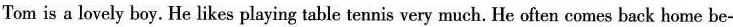
Tom is a lovely boy. He likes playing table tennis very much. He often comes back home be-